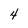
Character: 4